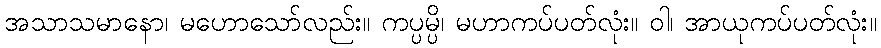
အသာသမာနော၊ မဟောသော်လည်း။ ကပ္ပမ္ပိ၊ မဟာကပ်ပတ်လုံး။ ဝါ၊ အာယုကပ်ပတ်လုံး။